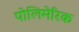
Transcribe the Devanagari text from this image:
पोलिमेरिक